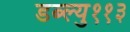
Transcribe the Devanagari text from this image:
डब्ल्यु११३